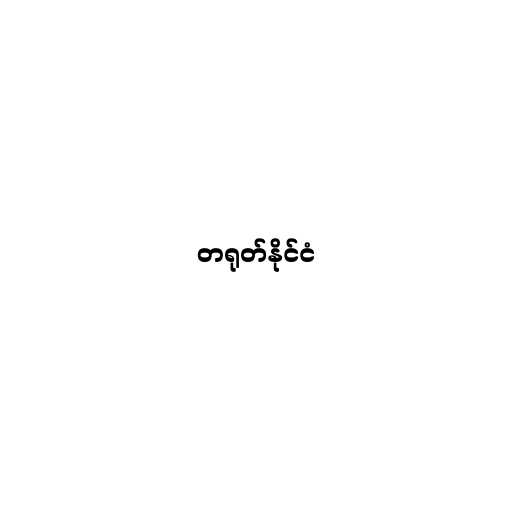
တရုတ်နိုင်ငံ